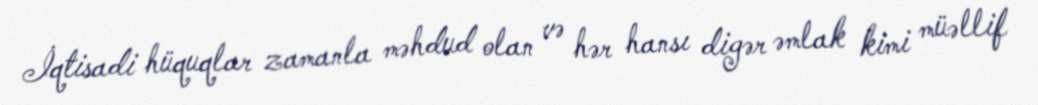
İqtisadi hüquqlar zamanla məhdud olan və hər hansı digər əmlak kimi müəllif